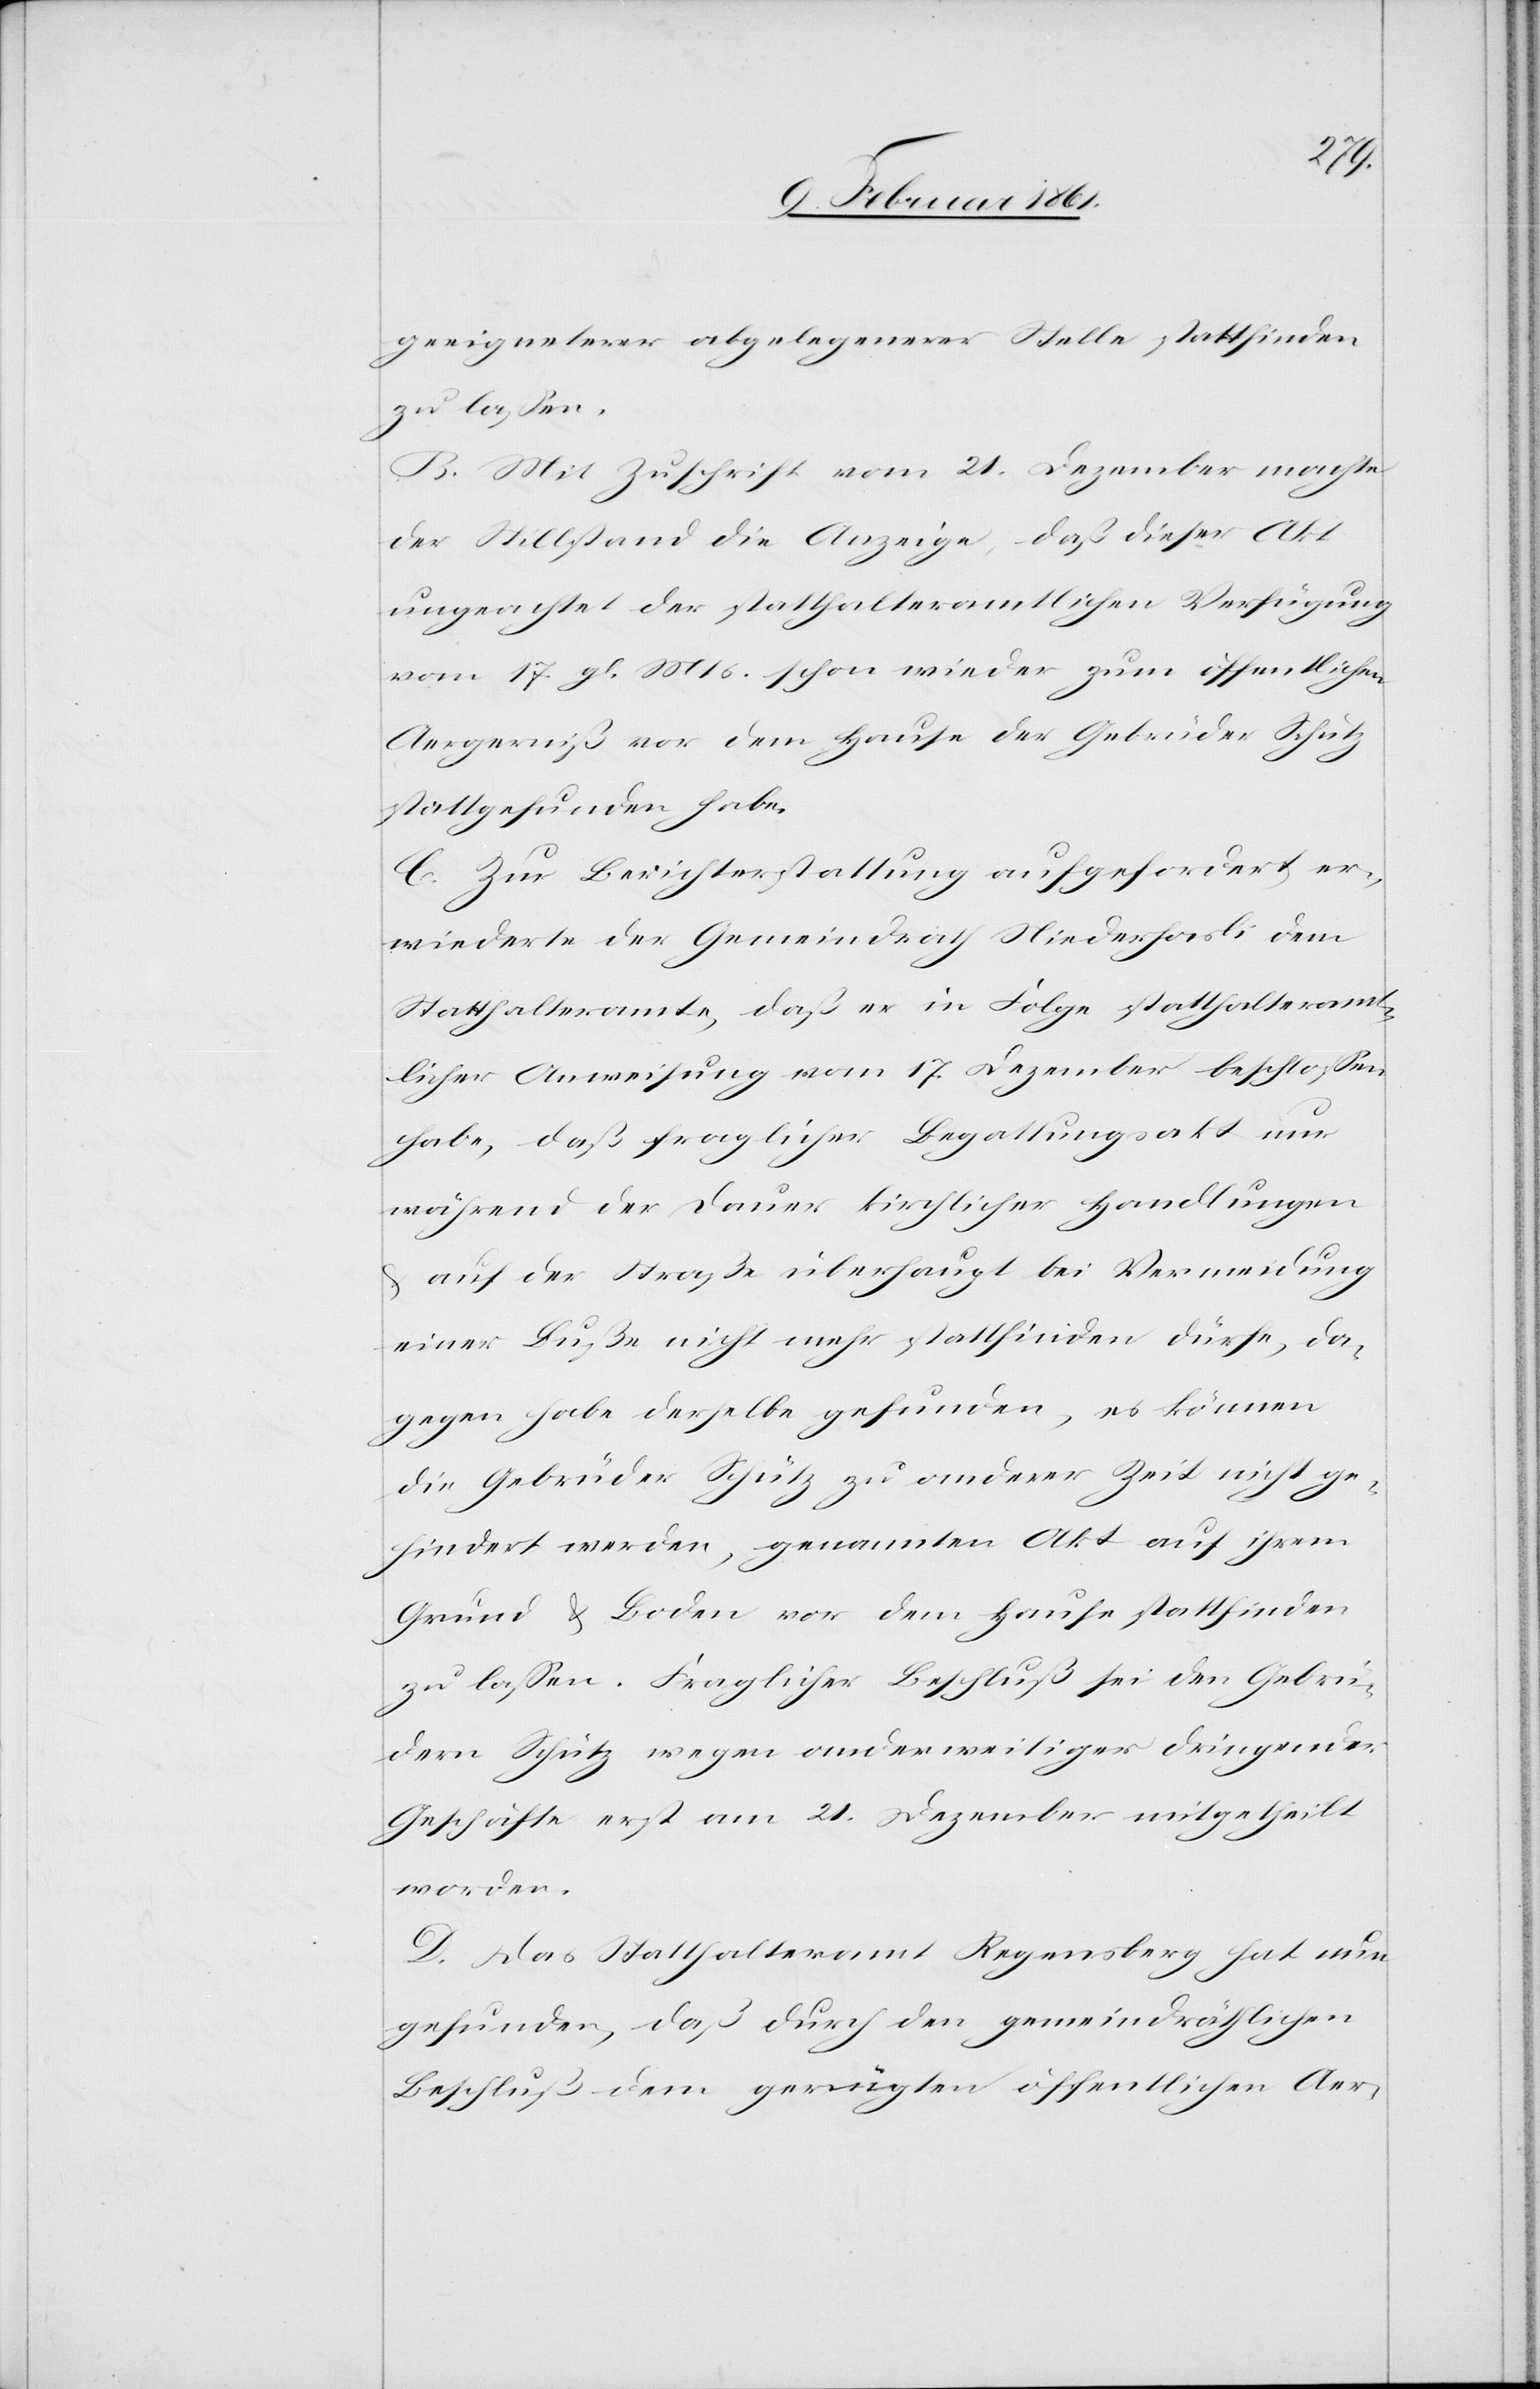
geeigneterer abgelegenerer Stelle stattfinden
zu lassen.
B. Mit Zuschrift vom 21. Dezember machte
der Stillstand die Anzeige, daß dieser Akt
ungeachtet der statthalteramtlichen Verfügung
vom 17. gl. Mts. schon wieder zum öffentlichen
Aergerniß vor dem Hause der Gebrüder Schütz
stattgefunden habe.
C. Zur Berichterstattung aufgefordert er¬
wiederte der Gemeindrath Niederhasli dem
Statthalteramte, daß er in Folge statthalteramt¬
licher Anweisung vom 17. Dezember beschlossen
habe, daß fraglicher Begattungsakt nur
während der Dauer kirchlicher Handlungen
u. auf der Straße überhaupt bei Vermeidung
einer Buße nicht mehr stattfinden dürfe, da¬
gegen habe derselbe gefunden, es können
die Gebrüder Schütz zu anderer Zeit nicht ge¬
hindert werden, genannten Akt auf ihrem
Grund & Boden vor dem Hause stattfinden
zu lassen. Fraglicher Beschluß sei den Gebrü¬
dern Schütz wegen anderweitiger dringender
Geschäfte erst am 21. Dezember mitgetheilt
worden.
D. Das Statthalteramt Regensberg hat nun
gefunden, daß durch den gemeindräthlichen
Beschluß dem gerügten öffentlichen Aer-